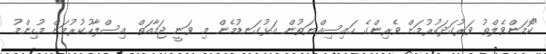
"ކޮމަންވެލްތު ވަރުގަދަކުރުމަށް ވެރިންގެ ހައިސިއްޔަތުން އަޅުގަނޑުމެން މި ވަނީ ޖަމާއަތް އިސްލާހުކުރުމަށް މުހިންމު